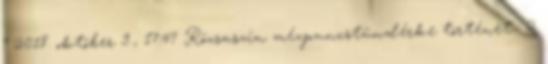
” 2018. október 9., 17:47 ‎Rózsaszín mézpuncstündérke történet ‎ 2